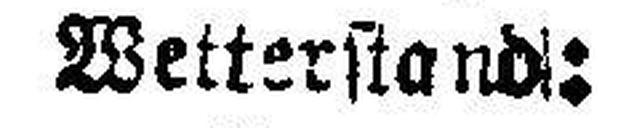
Wetterstand: